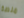
منصة